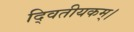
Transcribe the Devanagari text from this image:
दि्वतीयकम्।